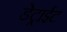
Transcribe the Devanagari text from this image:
डेट्राईट